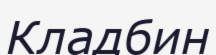
Кладбин